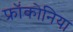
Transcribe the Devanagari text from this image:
फ्रॉंकोनिया